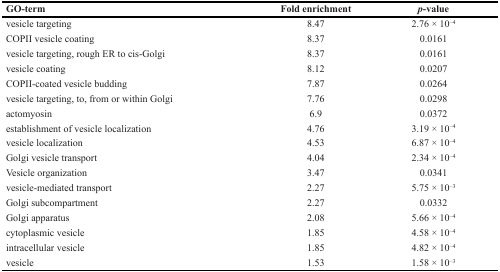
| GO-term | Fold enrichment | p-value |
 | --- | --- | --- |
 | vesicle targeting | 8.47 | 2.76 × 10−4 |
 | COPII vesicle coating | 8.37 | 0.0161 |
 | vesicle targeting, rough ER to cis-Golgi | 8.37 | 0.0161 |
 | vesicle coating | 8.12 | 0.0207 |
 | COPII-coated vesicle budding | 7.87 | 0.0264 |
 | vesicle targeting, to, from or within Golgi | 7.76 | 0.0298 |
 | actomyosin | 6.9 | 0.0372 |
 | establishment of vesicle localization | 4.76 | 3.19 × 10−4 |
 | vesicle localization | 4.53 | 6.87 × 10−4 |
 | Golgi vesicle transport | 4.04 | 2.34 × 10−4 |
 | Vesicle organization | 3.47 | 0.0341 |
 | vesicle-mediated transport | 2.27 | 5.75 × 10−3 |
 | Golgi subcompartment | 2.27 | 0.0332 |
 | Golgi apparatus | 2.08 | 5.66 × 10−4 |
 | cytoplasmic vesicle | 1.85 | 4.58 × 10−4 |
 | intracellular vesicle | 1.85 | 4.82 × 10−4 |
 | vesicle | 1.53 | 1.58 × 10−3 |